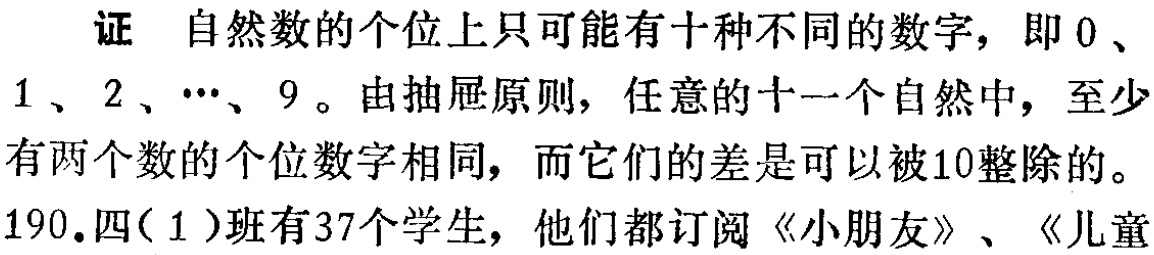
证 自然数的个位上只可能有十种不同的数字，即 \(0\)、\(1\)、\(2\)、\(\cdots\)、\(9\)。由抽屉原则，任意的十一个自然中，至少有两个数的个位数字相同，而它们的差是可以被\(10\)整除的。

190.四(1)班有37个学生，他们都订阅《小朋友》、《儿童